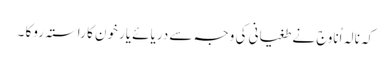
کہ نالہ اُناوج نے طغیانی کی وجہ سے دریائے یارخون کا راستہ روکا ۔